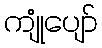
ကျုံပျော်